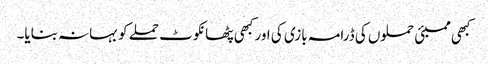
کبھی ممبئی حملوں کی ڈرامہ بازی کی اور کبھی پٹھانکوٹ حملے کو بہانہ بنایا۔